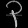
Digit: ၃